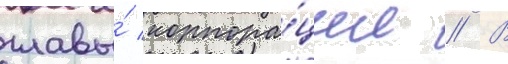
главы́ корпора́ции // В